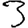
Digit: 3